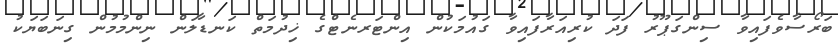
ބަރޯސާވެފައިވާ ސިންގަޕޫރު ފަދަ ކުރިއަރާފައިވާ ގައުމަކުން އިންޓަރނެޓްގެ ޚިދުމަތް ކަނޑާލަން ނިންމުމުން ގިނަބަޔަކު